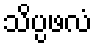
သိပ္ပဖလံ